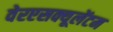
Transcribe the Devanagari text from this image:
वेरएसक्यूलेंटम